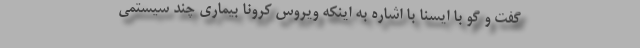
گفت و گو با ایسنا با اشاره به اینکه ویروس کرونا بیماری چند سیستمی